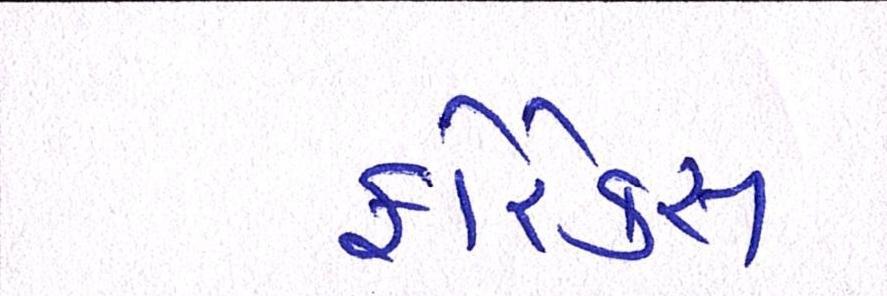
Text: ફોરેક્સ